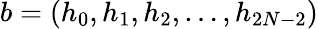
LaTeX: b=\left(h_{0},h_{1},h_{2},\ldots,h_{2N-2}\right)